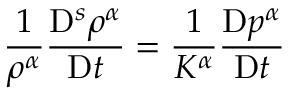
\frac { 1 } { \rho ^ { \alpha } } \frac { \mathrm { D } ^ { s } \rho ^ { \alpha } } { \mathrm { D } t } = \frac { 1 } { K ^ { \alpha } } \frac { \mathrm { D } p ^ { \alpha } } { \mathrm { D } t }